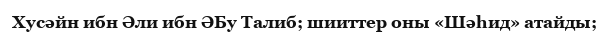
Хусәйн ибн Әли ибн ӘБу Талиб; шииттер оны «Шәһид» атайды;